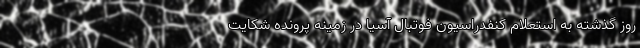
روز گذشته به استعلام کنفدراسیون فوتبال آسیا در زمینه پرونده شکایت